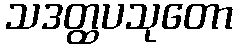
သဒတ္ထပသုတော